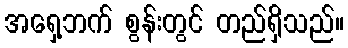
အရှေ့ဘက် စွန်းတွင် တည်ရှိသည်။